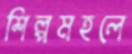
শিল্পমহলে